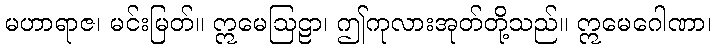
မဟာရာဇ၊ မင်းမြတ်။ ဣမေဩဠာ၊ ဤကုလားအုတ်တို့သည်။ ဣမေဂေါဏာ၊